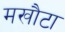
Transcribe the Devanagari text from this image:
मखौटा